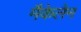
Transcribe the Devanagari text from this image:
मैकेलेन